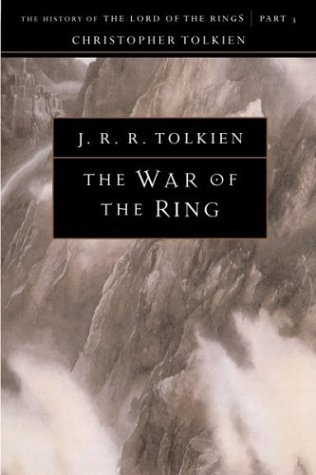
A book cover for The War of the Ring: The History of The Lord of the Rings, Part Three (The History of Middle-Earth, Vol. 8); J.R.R. Tolkien; Science Fiction & Fantasy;